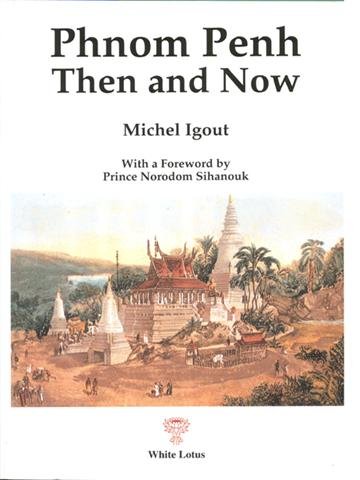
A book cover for Phnom Penh Then and Now; Michel Igout; Travel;